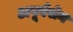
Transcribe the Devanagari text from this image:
अपूर्वसेन